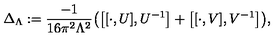
\Delta _ { \Lambda } : = { \frac { - 1 } { 1 6 \pi ^ { 2 } \Lambda ^ { 2 } } } \bigl ( \bigl [ [ \cdot , U ] , U ^ { - 1 } \bigr ] + \bigl [ [ \cdot , V ] , V ^ { - 1 } \bigr ] \bigr ) ,